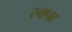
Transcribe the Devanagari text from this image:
रक्पा